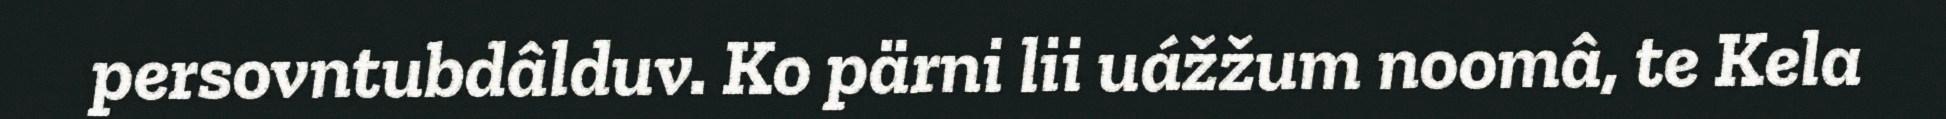
persovntubdâlduv. Ko pärni lii uážžum noomâ, te Kela